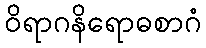
ဝိရာဂနိရောဓစာဂံ